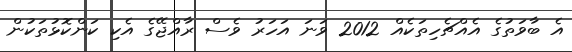
އެ ބާވަތުގެ އެއްޗެހިތަކެއް 2012 ވަނަ އަހަރު ވެސް ރާއްޖޭގެ އެކި ކަންކޮޅުތަކުން